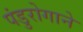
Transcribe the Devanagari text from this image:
पंडुरोगाने